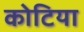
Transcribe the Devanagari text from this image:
कोटिया